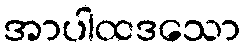
အာပါထဒသော